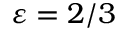
\varepsilon = 2 / 3